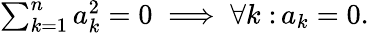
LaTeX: \textstyle\sum_{k=1}^{n}a_{k}^{2}=0\; \Longrightarrow\; \forall k\; \colon a_{k}=0.